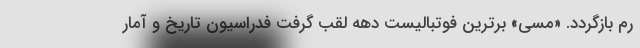
رم بازگردد. «مسی» برترین فوتبالیست دهه لقب گرفت فدراسیون تاریخ و آمار